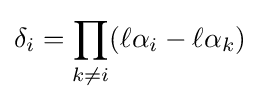
\delta _{i}=\prod _{k\neq i}(\ell \alpha _{i}-\ell \alpha _{k})